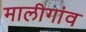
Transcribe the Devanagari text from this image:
मालीगांव